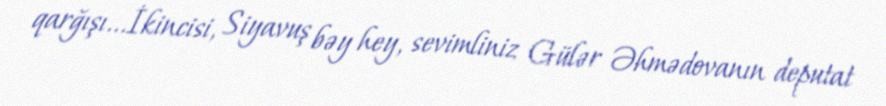
qarğışı...İkincisi, Siyavuş bəy hey, sevimliniz Gülər Əhmədovanın deputat